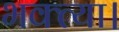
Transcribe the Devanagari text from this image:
भक्त्या।